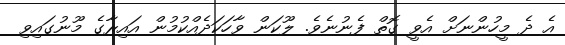
އެ ދެ މީހުންނަށް އެވީ ގޮތް ފެނުނެވެ. ލޫކަން ވާހަކަދެއްކުމުން އައިރާގެ މޫނުގައިވި